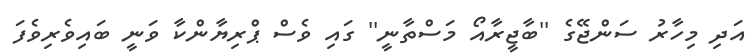
އަދި މިހާރު ސަންޖޭގެ ''ބާޖީރާއޯ މަސްތާނީ'' ގައި ވެސް ޕްރިޔާންކާ ވަނީ ބައިވެރިވެފަ